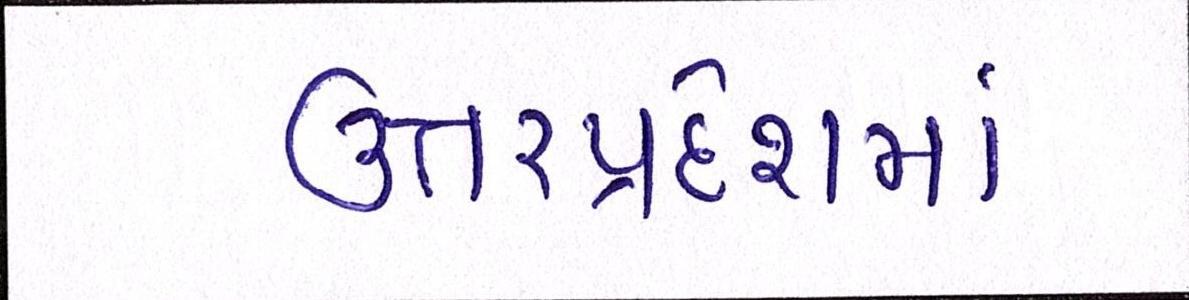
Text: ઉત્તરપ્રદેશમાં